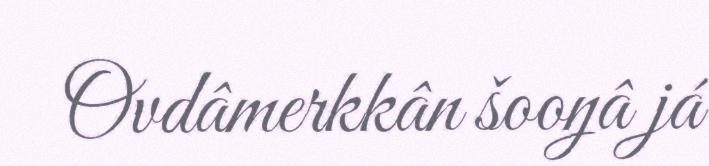
Ovdâmerkkân šooŋâ já